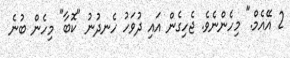
2 އޭއެމް." މިހެންނެވެ. ޖެހިގެން އައި ދުވަހު ހެނދުނު "ކޮބާ" މިހެން ބުނެ